画像に写った文字を読んでください
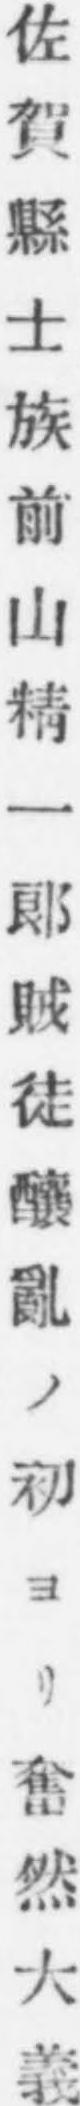
「佐賀縣士族前山精一郞賊徒釀亂ノ初ヨリ奮然大義」と書いてあります